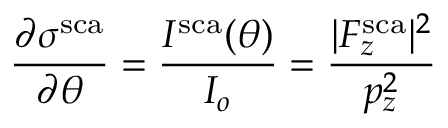
\frac { \partial \sigma ^ { \mathrm { s c a } } } { \partial \theta } = \frac { I ^ { \mathrm { s c a } } ( \theta ) } { I _ { o } } = \frac { | F _ { z } ^ { \mathrm { s c a } } | ^ { 2 } } { p _ { z } ^ { 2 } }